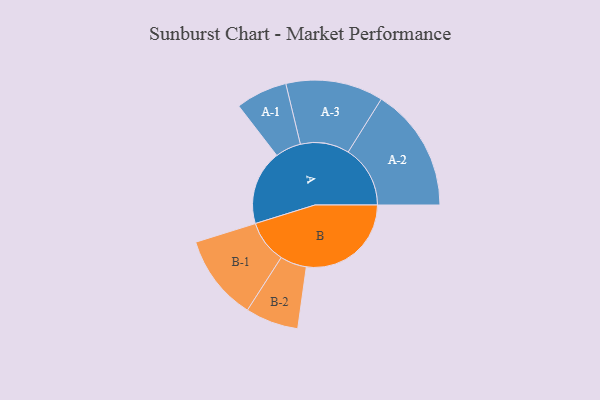
{"axis": {"x": "Segment", "y": "Value"}, "legend": ["", "A", "B"], "data": [{"x": "A", "y": 298, "type": ""}, {"x": "B", "y": 419, "type": ""}, {"x": "A-1", "y": 103, "type": "A"}, {"x": "A-2", "y": 248, "type": "A"}, {"x": "A-3", "y": 195, "type": "A"}, {"x": "B-1", "y": 171, "type": "B"}, {"x": "B-2", "y": 106, "type": "B"}]}